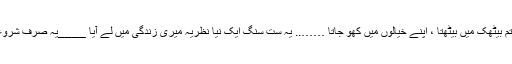
’اوم شانتی سنستھا‘کے ست سنگ میں ادھیاتم بیٹھک میں بیٹھتا ، اپنے خیالوں میں کھو جاتا …….. یہ ست سنگ ایک نیا نظریہ میری زندگی میں لے آیا ____یہ صرف شروعات تھی جس کا پتہ مجھے بھی نہیں چلا ۔